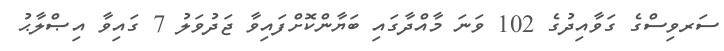
ސަރވިސްގެ ގަވާއިދުގެ 102 ވަނަ މާއްދާގައި ބަޔާންކޮށްފައިވާ ޖަދުވަލު 7 ގައިވާ އިޞްލާޙު